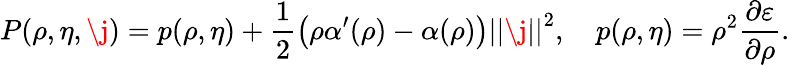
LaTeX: P(\rho,\eta,\j)=p(\rho,\eta)+\frac{1}{2}\left(\rho\alpha^{\prime}(\rho)-\alpha(\rho)\right)\left\vert\left\vert\j\right\vert\right\vert^{2},\quad p(\rho,\eta)=\rho^{2}\frac{\partial\varepsilon}{\partial\rho}.